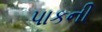
પાકની